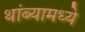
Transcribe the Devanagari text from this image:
थांब्यामध्ये